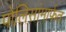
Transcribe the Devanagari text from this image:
पोलिसांमार्फत